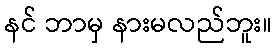
နင် ဘာမှ နားမလည်ဘူး။